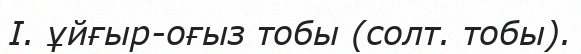
І. ұйғыр-оғыз тобы (солт. тобы).